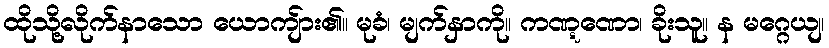
ထိုသို့လိုက်နာသော ယောကျ်ား၏။ မုခံ၊ မျက်နှာကို။ ကဏ္ဋဏော၊ ခိုးသူ။ န မဂ္ဂေယျ၊